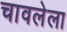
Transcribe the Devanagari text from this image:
चावलेला